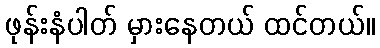
ဖုန်းနံပါတ် မှားနေတယ် ထင်တယ်။